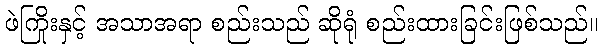
ဖဲကြိုးနှင့် အသာအရာ စည်းသည် ဆိုရုံ စည်းထားခြင်းဖြစ်သည်။